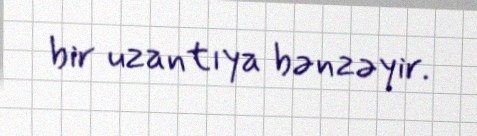
bir uzantıya bənzəyir.